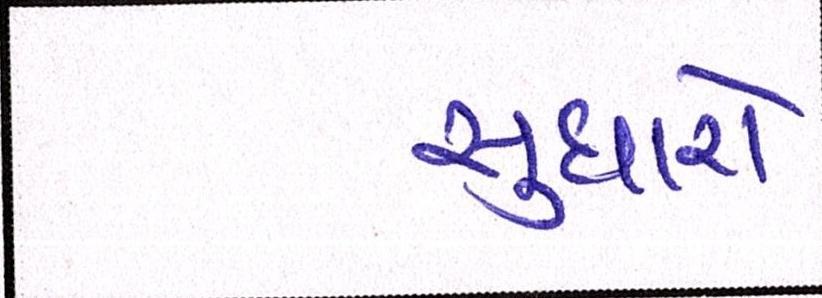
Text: સુધારો